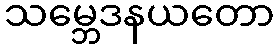
သမ္ဘေဒနယတော